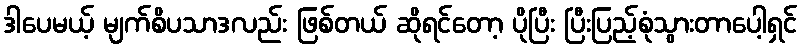
ဒါပေမယ့် မျက်စိပသာဒလည်း ဖြစ်တယ် ဆိုရင်တော့ ပိုပြီး ပြီးပြည့်စုံသွားတာပေါ့ရှင်